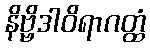
နိဗ္ဗိဒါဝိရာဂတ္ထံ